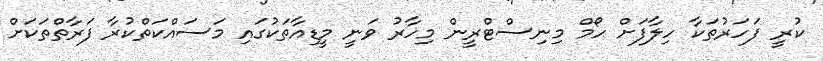
ކުރީ ފަހަރުތަކާ ހިލާފަށް ހޯމް މިނިސްޓްރީން މިހާރު ވަނީ މީޑިއާތަކުގައި މަސައްކަތްކުރާ ފަރާތްތަކަށް